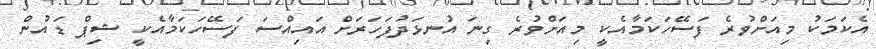
އެކަމަކު މިއަށްވުރެ ފަސޭހަކަމާއެކީ މިއަށްވުރެ ގިނަ އުނޅަދުފަހަރަށް އައިއްސަ ފަސޭހަކަމާއެކީ ޝިޕް ޑައުން